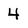
Character: 4